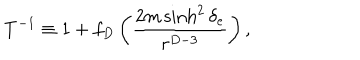
T ^ { - 1 } \equiv 1 + f _ { D } \left( { \frac { 2 m \sinh ^ { 2 } \delta _ { e } } { r ^ { D - 3 } } } \right) ,